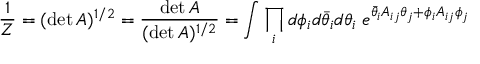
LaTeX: \frac { 1 } { Z } = ( \operatorname * { d e t } A ) ^ { 1 / 2 } = \frac { \operatorname * { d e t } A } { ( \operatorname * { d e t } A ) ^ { 1 / 2 } } = \int \prod _ { i } d \phi _ { i } d \bar { \theta } _ { i } d \theta _ { i } \; e ^ { \bar { \theta } _ { i } A _ { i j } \theta _ { j } + \phi _ { i } A _ { i j } \phi _ { j } }